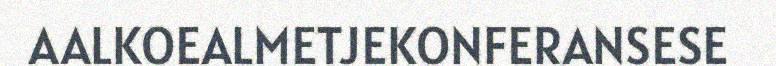
AALKOEALMETJEKONFERANSESE